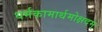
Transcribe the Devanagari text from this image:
धर्मकामार्थमोक्षदम्